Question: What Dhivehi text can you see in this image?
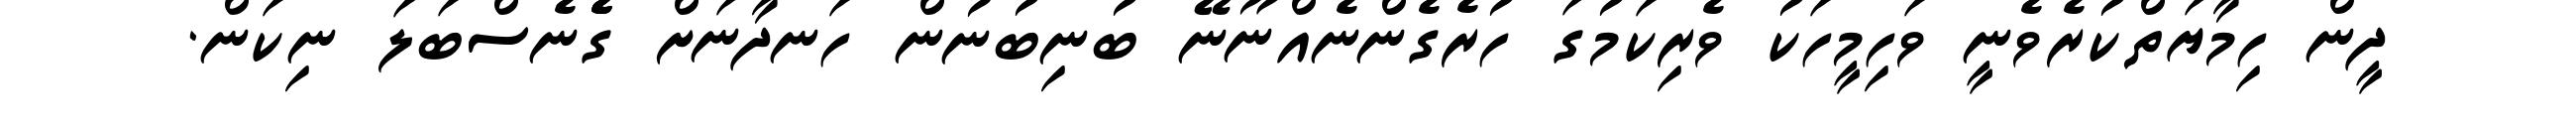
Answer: ދީން ހިމާޔަތްކުރެވެނީ ވަހިމީހަކު ވެރިކަމުގަ ހުރެގެންނެއްނޫނޭ ބުނިބުނުން ހަނދާނަށް ގެެެނެސްބަލަ ނިކަން.